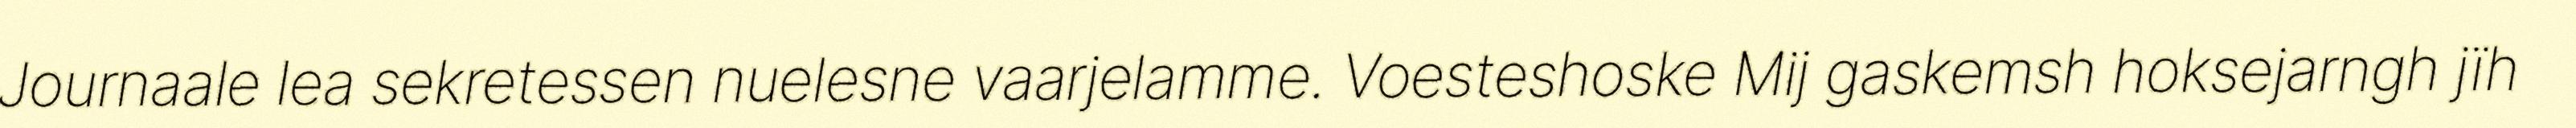
Journaale lea sekretessen nuelesne vaarjelamme. Voesteshoske Mij gaskemsh hoksejarngh jïh